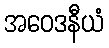
အဝေဒနီယံ